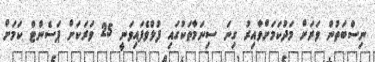
ނިސްބަތުން ވަރަށް މަދުކަމަށްވާއިރު ގިނަ ސިނަމާތަކުގައި ފުލްވެފައިވަނީ 25 ވަރަކަށް ޕަސެންޓް ކަމަށް